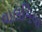
વાલમિયા